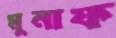
মুনাফ